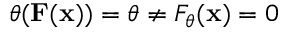
\theta ( \mathbf { F } ( \mathbf { x } ) ) = \theta \neq F _ { \theta } ( \mathbf { x } ) = 0